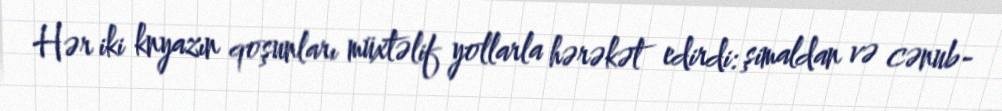
Hər iki knyazın qoşunları müxtəlif yollarla hərəkət edirdi: şimaldan və cənub-